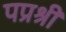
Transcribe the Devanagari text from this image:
पप्रश्री